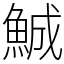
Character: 鯎